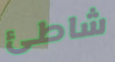
شاطئ